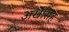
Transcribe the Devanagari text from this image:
अखेसिंह